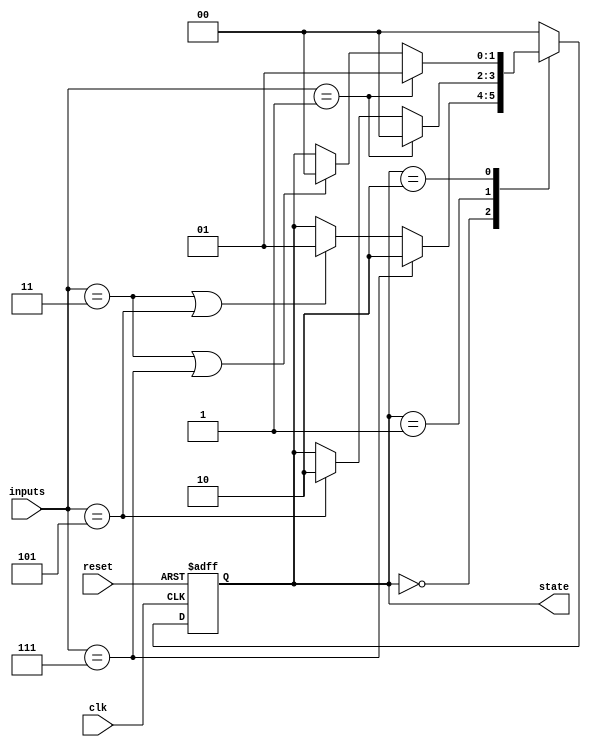
module state_machine (
    input clk,
    input reset,
    input [2:0] inputs,
    output reg [1:0] state
);

// State encoding
parameter STATE_A = 2'b00;
parameter STATE_B = 2'b01;
parameter STATE_C = 2'b10;

// State machine logic
always @ (posedge clk or posedge reset)
begin
    if (reset)
        state <= STATE_A;
    else
    begin
        case (state)
            STATE_A: begin
                if (inputs == 3'b111)
                    state <= STATE_C;
                else if (inputs == 3'b011 || inputs == 3'b101)
                    state <= STATE_B;
            end
            STATE_B: begin
                if (inputs == 3'b001)
                    state <= STATE_A;
                else if (inputs == 3'b101)
                    state <= STATE_C;
            end
            STATE_C: begin
                if (inputs == 3'b001)
                    state <= STATE_B;
                else if (inputs == 3'b011 || inputs == 3'b111)
                    state <= STATE_A;
            end
            default: state <= STATE_A;
        endcase
    end
end

endmodule